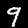
Digit: 9